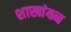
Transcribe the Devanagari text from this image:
शाखांयन